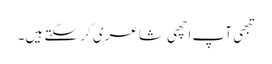
تبھی آپ اچھی شاعری کر سکتے ہیں۔